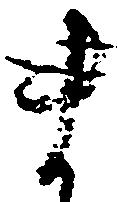
ま